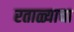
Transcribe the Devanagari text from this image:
रताळ्याचा